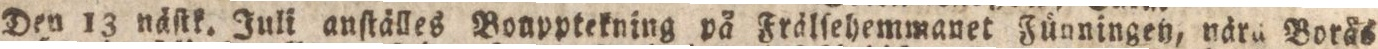
Den 13 näſtk. Juli auſtälles Boupptekning på Frälſehemmanet Fünningen, närn Borås